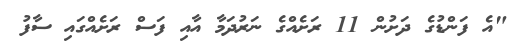
"އެ ފަންޑުގެ ދަށުން 11 ރަށެއްގެ ނަރުދަމާ އާއި ފަސް ރަށެއްގައި ސާފު